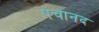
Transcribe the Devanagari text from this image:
पंचानद